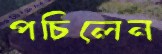
পচিলেন